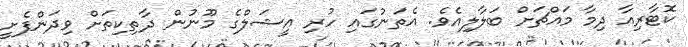
ކޮޓާރިއާ ދިމާ މައްޗަށް ބަލާލިއެވެ. އެތަނުގައި ހުރި އީޝަލްގެ މޫނުން ދާތިކިތަށް ވިދަންފެށީ